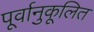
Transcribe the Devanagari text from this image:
पूर्वानुकूलित